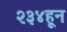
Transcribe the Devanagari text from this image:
२३४हून